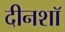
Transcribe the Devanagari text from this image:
दीनशॉ